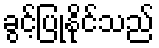
ခွင့်ပြုနိုင်သည်